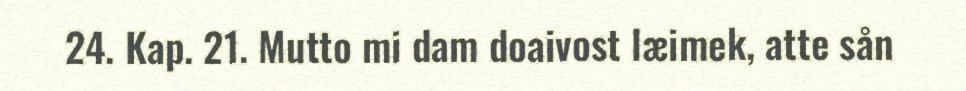
24. Kap. 21. Mutto mi dam doaivost læimek, atte sån